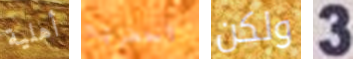
أهلية احضرتها ولكن 3